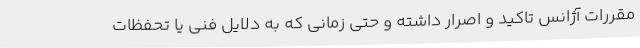
مقررات آژانس تاکید و اصرار داشته و حتی زمانی که به دلایل فنی یا تحفظات